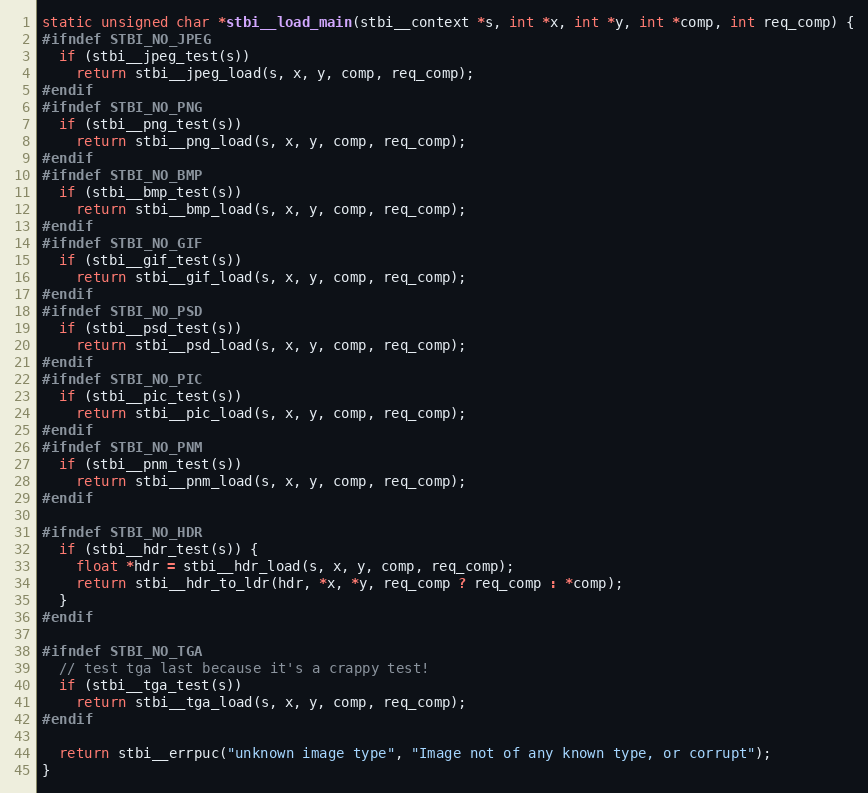
Language: C
static unsigned char *stbi__load_main(stbi__context *s, int *x, int *y, int *comp, int req_comp) {
#ifndef STBI_NO_JPEG
  if (stbi__jpeg_test(s))
    return stbi__jpeg_load(s, x, y, comp, req_comp);
#endif
#ifndef STBI_NO_PNG
  if (stbi__png_test(s))
    return stbi__png_load(s, x, y, comp, req_comp);
#endif
#ifndef STBI_NO_BMP
  if (stbi__bmp_test(s))
    return stbi__bmp_load(s, x, y, comp, req_comp);
#endif
#ifndef STBI_NO_GIF
  if (stbi__gif_test(s))
    return stbi__gif_load(s, x, y, comp, req_comp);
#endif
#ifndef STBI_NO_PSD
  if (stbi__psd_test(s))
    return stbi__psd_load(s, x, y, comp, req_comp);
#endif
#ifndef STBI_NO_PIC
  if (stbi__pic_test(s))
    return stbi__pic_load(s, x, y, comp, req_comp);
#endif
#ifndef STBI_NO_PNM
  if (stbi__pnm_test(s))
    return stbi__pnm_load(s, x, y, comp, req_comp);
#endif

#ifndef STBI_NO_HDR
  if (stbi__hdr_test(s)) {
    float *hdr = stbi__hdr_load(s, x, y, comp, req_comp);
    return stbi__hdr_to_ldr(hdr, *x, *y, req_comp ? req_comp : *comp);
  }
#endif

#ifndef STBI_NO_TGA
  // test tga last because it's a crappy test!
  if (stbi__tga_test(s))
    return stbi__tga_load(s, x, y, comp, req_comp);
#endif

  return stbi__errpuc("unknown image type", "Image not of any known type, or corrupt");
}